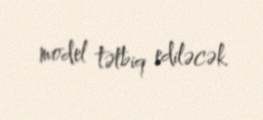
model tətbiq ediləcək.